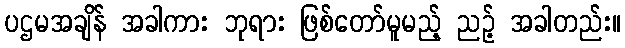
ပဌမအချိန် အခါကား ဘုရား ဖြစ်တော်မူမည့် ညဉ့် အခါတည်း။